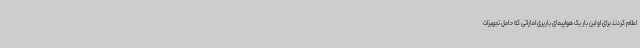
اعلام کردند برای اولین بار یک هواپیمای باربری اماراتی که حامل تجهیزات